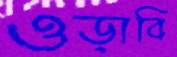
ওড়াবি